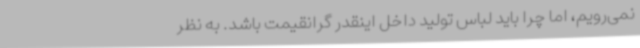
نمی‌رویم، اما چرا باید لباس تولید داخل اینقدر گرانقیمت باشد. به نظر